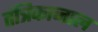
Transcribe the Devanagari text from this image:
तंत्रिकाजाल